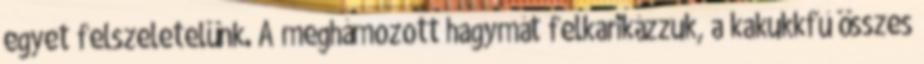
egyet felszeletelünk. A meghámozott hagymát felkarikázzuk, a kakukkfű összes